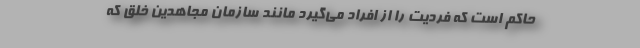
حاکم است که فردیت را از افراد می‌گیرد مانند سازمان مجاهدین خلق که